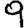
Digit: 9